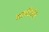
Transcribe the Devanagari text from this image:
सहविजेते